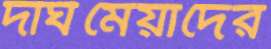
দীর্ঘমেয়াদের